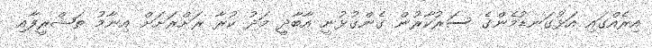
އިރެއްގައި އަޅުގަނޑުމެންގެ ސަރުކާރުން ގެންގުޅުނީ އާބާދީ މަދު ކުރާ ރަށްރަށަށް އިނާމު ތަޝްރީފާއި